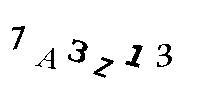
7A3Z13